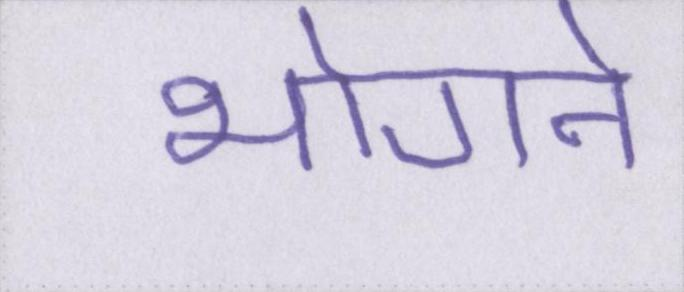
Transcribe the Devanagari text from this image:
भोगने